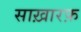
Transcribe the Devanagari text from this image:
साख़ारफ़